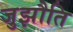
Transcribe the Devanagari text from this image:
जुझौति